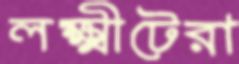
লক্ষ্মীটেরা